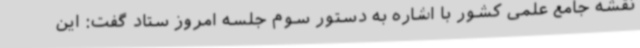
نقشه جامع علمی کشور با اشاره به دستور سوم جلسه امروز ستاد گفت: این